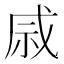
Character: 𫀄